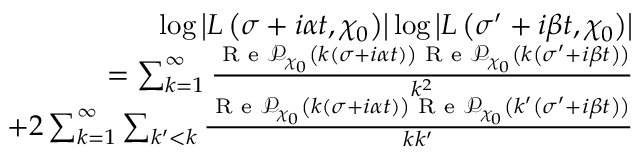
\begin{array} { r } { \log \left| L \left( \sigma + i \alpha t , \chi _ { 0 } \right) \right| \log \left| L \left( \sigma ^ { \prime } + i \beta t , \chi _ { 0 } \right) \right| } \\ { = \sum _ { k = 1 } ^ { \infty } \frac { \textnormal { R e } \mathcal { P } _ { \chi _ { 0 } } \left( k \left( \sigma + i \alpha t \right) \right) \textnormal { R e } \mathcal { P } _ { \chi _ { 0 } } \left( k \left( \sigma ^ { \prime } + i \beta t \right) \right) } { k ^ { 2 } } } \\ { + 2 \sum _ { k = 1 } ^ { \infty } \sum _ { k ^ { \prime } < k } \frac { \textnormal { R e } \mathcal { P } _ { \chi _ { 0 } } \left( k \left( \sigma + i \alpha t \right) \right) \textnormal { R e } \mathcal { P } _ { \chi _ { 0 } } \left( k ^ { \prime } \left( \sigma ^ { \prime } + i \beta t \right) \right) } { k k ^ { \prime } } } \end{array}